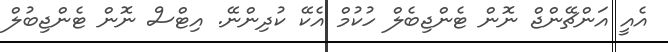
އެއީ އަންޗޭންޖް ނޮން ޓެންޖިބެލް ހުކުމް އެކޭ ކުދިންނޭ. އިޓްސް ނޮން ޓެންޖިބުލް